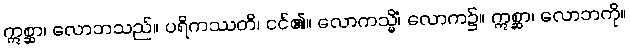
ဣစ္ဆာ၊ လောဘသည်။ ပရိကဿတိ၊ ငင်၏။ လောကသ္မိံ၊ လောက၌။ ဣစ္ဆာ၊ လောဘကို။